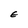
Character: E